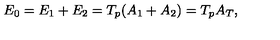
E _ { 0 } = E _ { 1 } + E _ { 2 } = T _ { p } ( A _ { 1 } + A _ { 2 } ) = T _ { p } A _ { T } ,